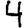
Digit: 4